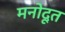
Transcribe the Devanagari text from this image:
मनोदूत